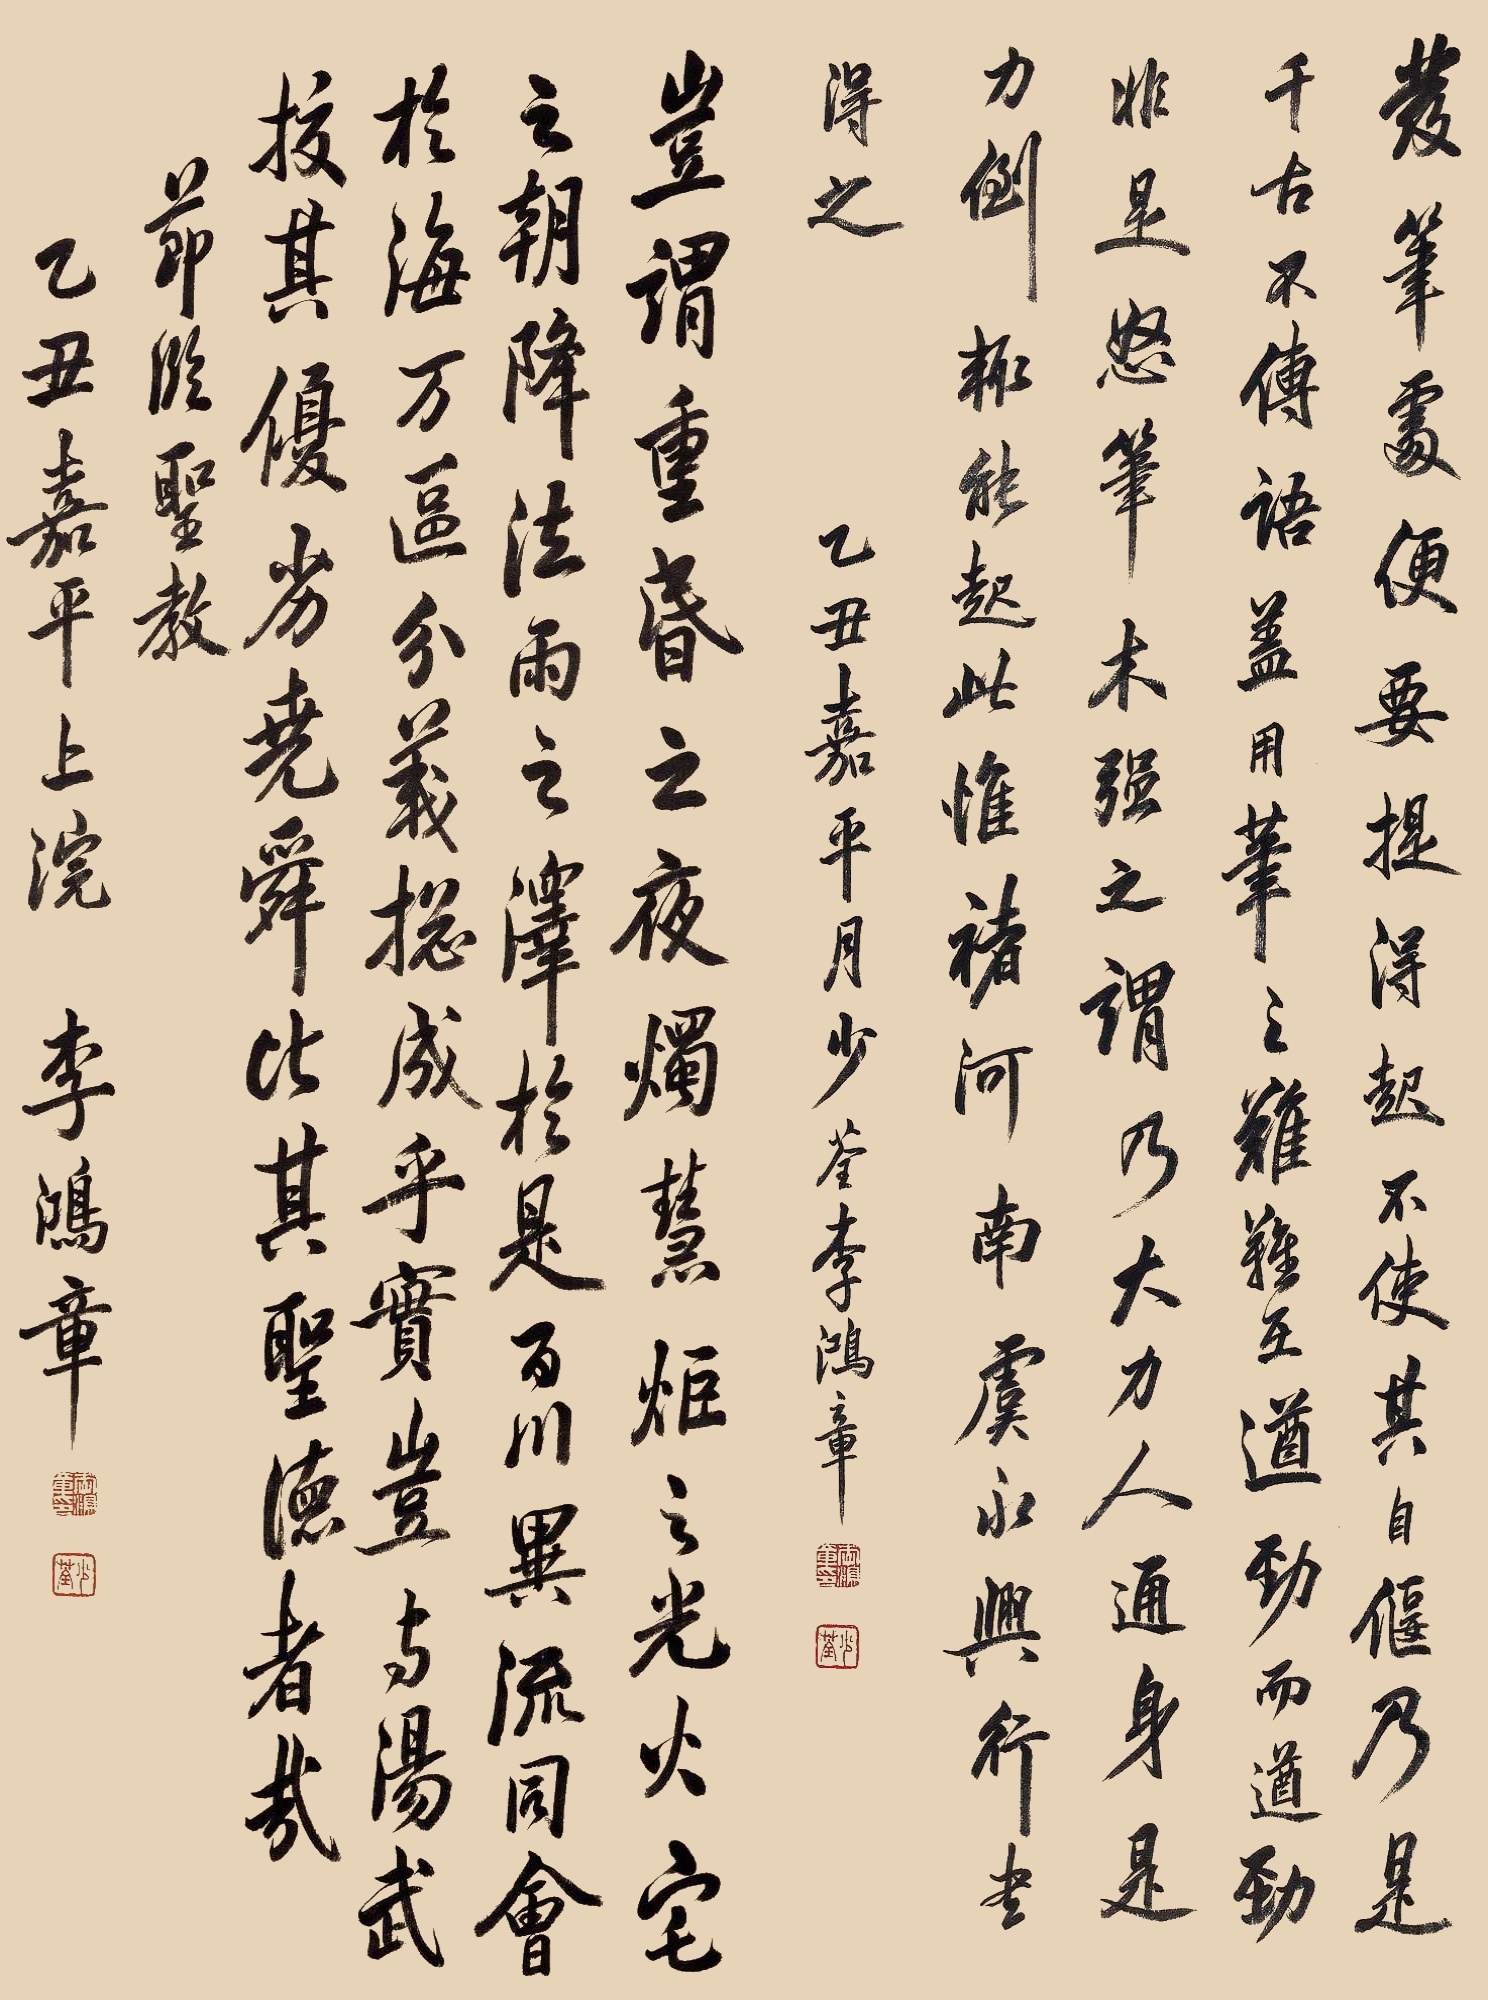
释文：发笔处便要提得起，不使其自偃，乃是千古不传语。盖用笔之难，难在遒劲。而遒劲非是怒笔木强之谓，乃大力人通身是力，倒辄能起，此惟褚河南、虞永兴行书得之。乙丑嘉平月少荃李鸿章。
岂谓重昏之夜，烛慧炬之光。火宅之朝，降法雨之泽。于是百川异流。同会于海。万区分义。总成乎实。岂与汤武校其优劣。尧舜比其圣德者哉。节临圣教，乙丑嘉平上浣，李鸿章。乙丑嘉平月少荃李鸿章。
乙丑嘉平上浣，李鸿章。